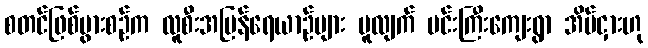
စတင်ဖြစ်ပွားစဉ်က လူစီးအမြန်ရေယာဉ်များ မူလျက် မင်းကြီးကျေးရွာ အိမ်ငှားဟု